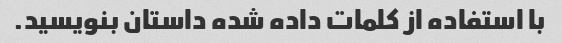
با استفاده از کلمات داده شده داستان بنویسید.